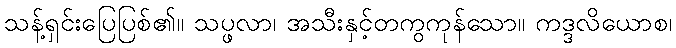
သန့်ရှင်းပြေပြစ်၏။ သပ္ဖလာ၊ အသီးနှင့်တကွကုန်သော။ ကဒ္ဒလိယောစ၊